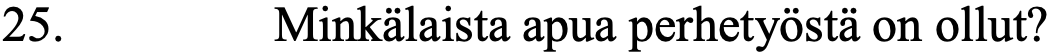
25.      Minkälaista apua perhetyöstä on ollut?